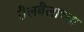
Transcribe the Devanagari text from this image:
तैलबैलाच्या